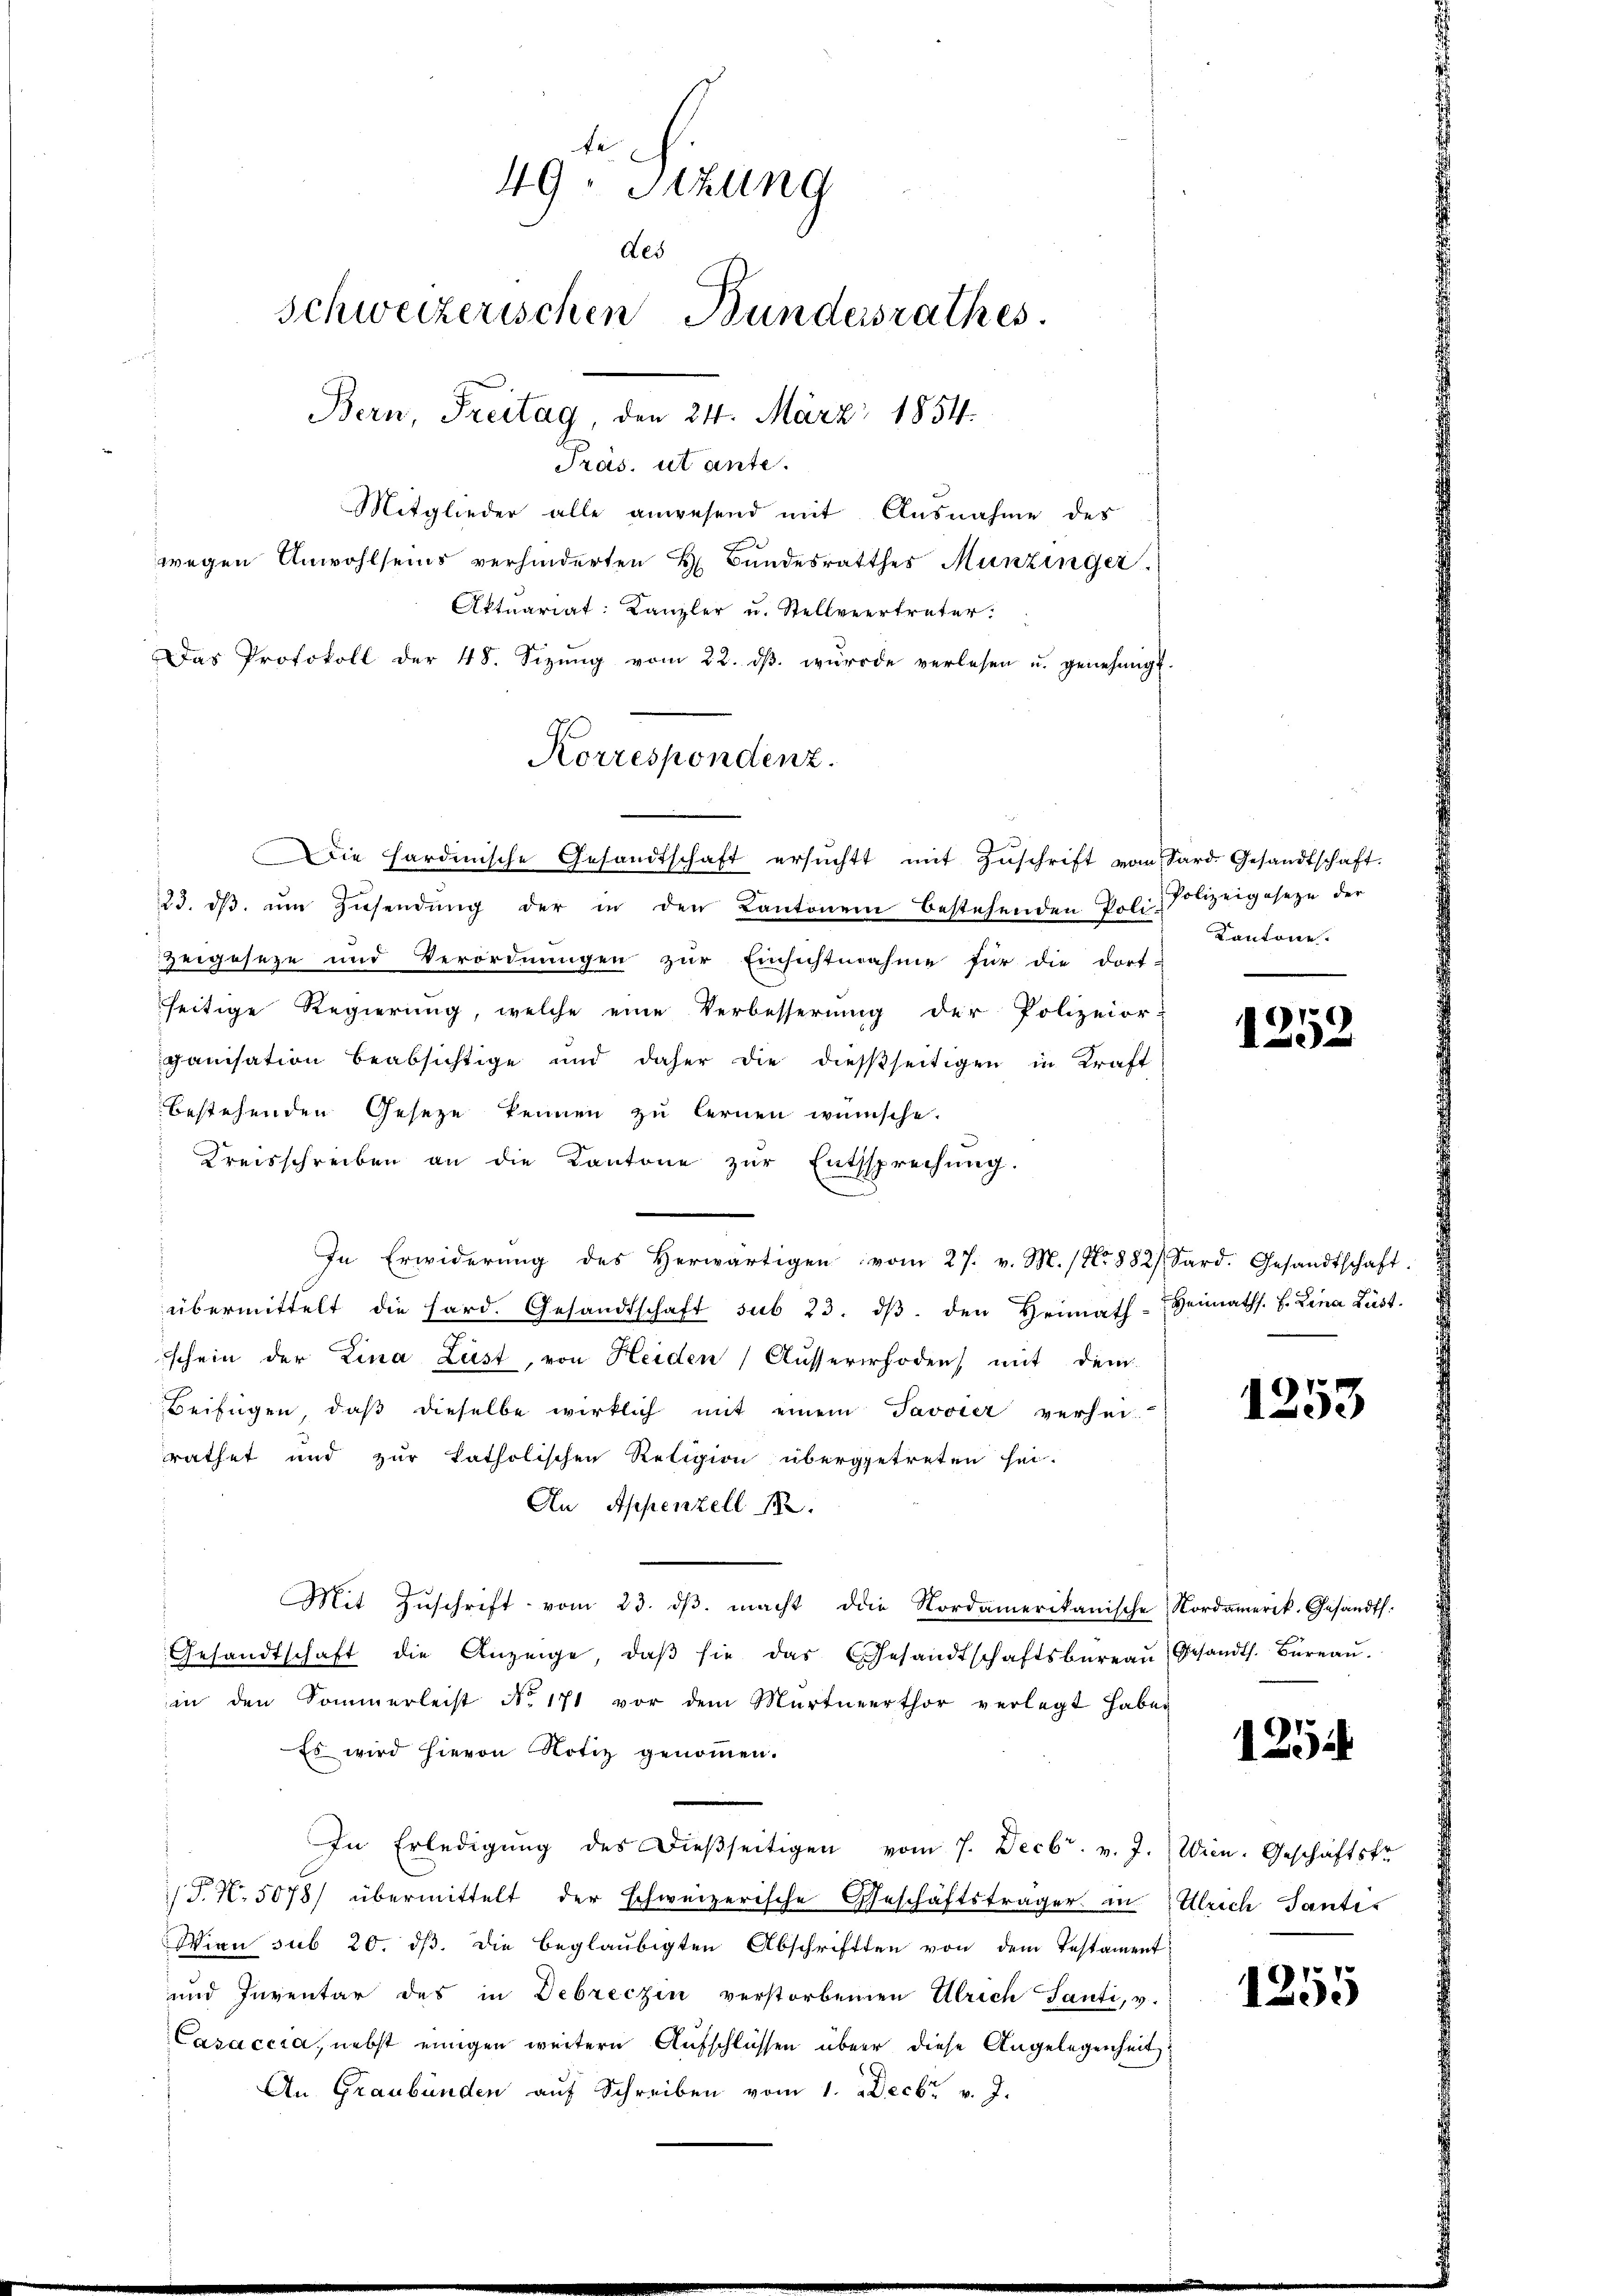
fe
49. Sizung
des
Schweizerischen Bundersrathes.
Bern, Freitag, den 24. März 1854.
Pras. ut ante.
Mitglieder alle anwesend mit Ausnahme des
wegen Anwohlseins verhinderten H. Bundesrathes Munzinger.
Aktuariat: Kanzler u. Stellvertreter.
Das Protokoll der 48. Sizŭng vom 22. dβ. würde verlesen u. genehmigt.

Korrespondenz.

Die hardinische Gesandtschaft ersuchtt mit Zuschrift vom Sard. Gesandtschaft.
23. dβ ŭm Zŭsendŭng der in den Kantonen bestehenden Poli-Polizeigesetze der
vergeseze und Verordnŭngen zŭr Einsichtnahme für die dort-
seitige Regierung, welche eine Verbesserŭng der Polizeior-
ganisation beabsichtige und daher die dießseitigen in Kraft
bestehenden Geseze kennen zu lernen wünsche.
Kreisschreiben an die Kantone zur Entsprechung.
In Erwiderŭng des herwärtigen vom 27. v. M. (Nr. 882 Sard. Gesandtschaft.
übermittelt die hard. Gesandtschaft sub 23. dβ. den Heimath-Heimaths. H. Lina Lust.
schein der Lina Lust, von Heiden Ausserrhoden mit dem
Beifügen, daβ dieselbe wirklich mit einem Javvier verhei-
rathet und zur katholischen Religion übergetreten sei.
An Appenzell 14.
Mit Zŭschrift vom 23. dβ. macht die Nordamerikanische Nordamerik. Gesandts.
Gesandtschaft die Anzeige, daβ sie das Gesandtschaftsbüreaŭ gesandts. Büreaŭ.
in den Sommerleist No. 171 vor dem Martnerthor verlegt haben
Es wird hievon Notiz genommen.
In Erledigung des dießseitigen vom 7. Decbr. v. J. Wien. Geschäftskr
T. N. 5078/ übermittelt der schweizerische Geschäftsträger in Ulrich Santis
Wien sub 20. dβ. Die beglaubigten Abschriften von dem Testament
und Inventar des in Debreczin verstorbenen Ulrich Santi, v.
Casaccia, nebst einigen weitern Aufschlüssen über diese Angelegenheit
An Graubünden auf Schreiben vom 1. Decbr. v. J.

Kantone.

1252

1253

125

1255